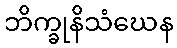
ဘိက္ခုနိသံဃေန